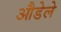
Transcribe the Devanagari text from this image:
औडेले